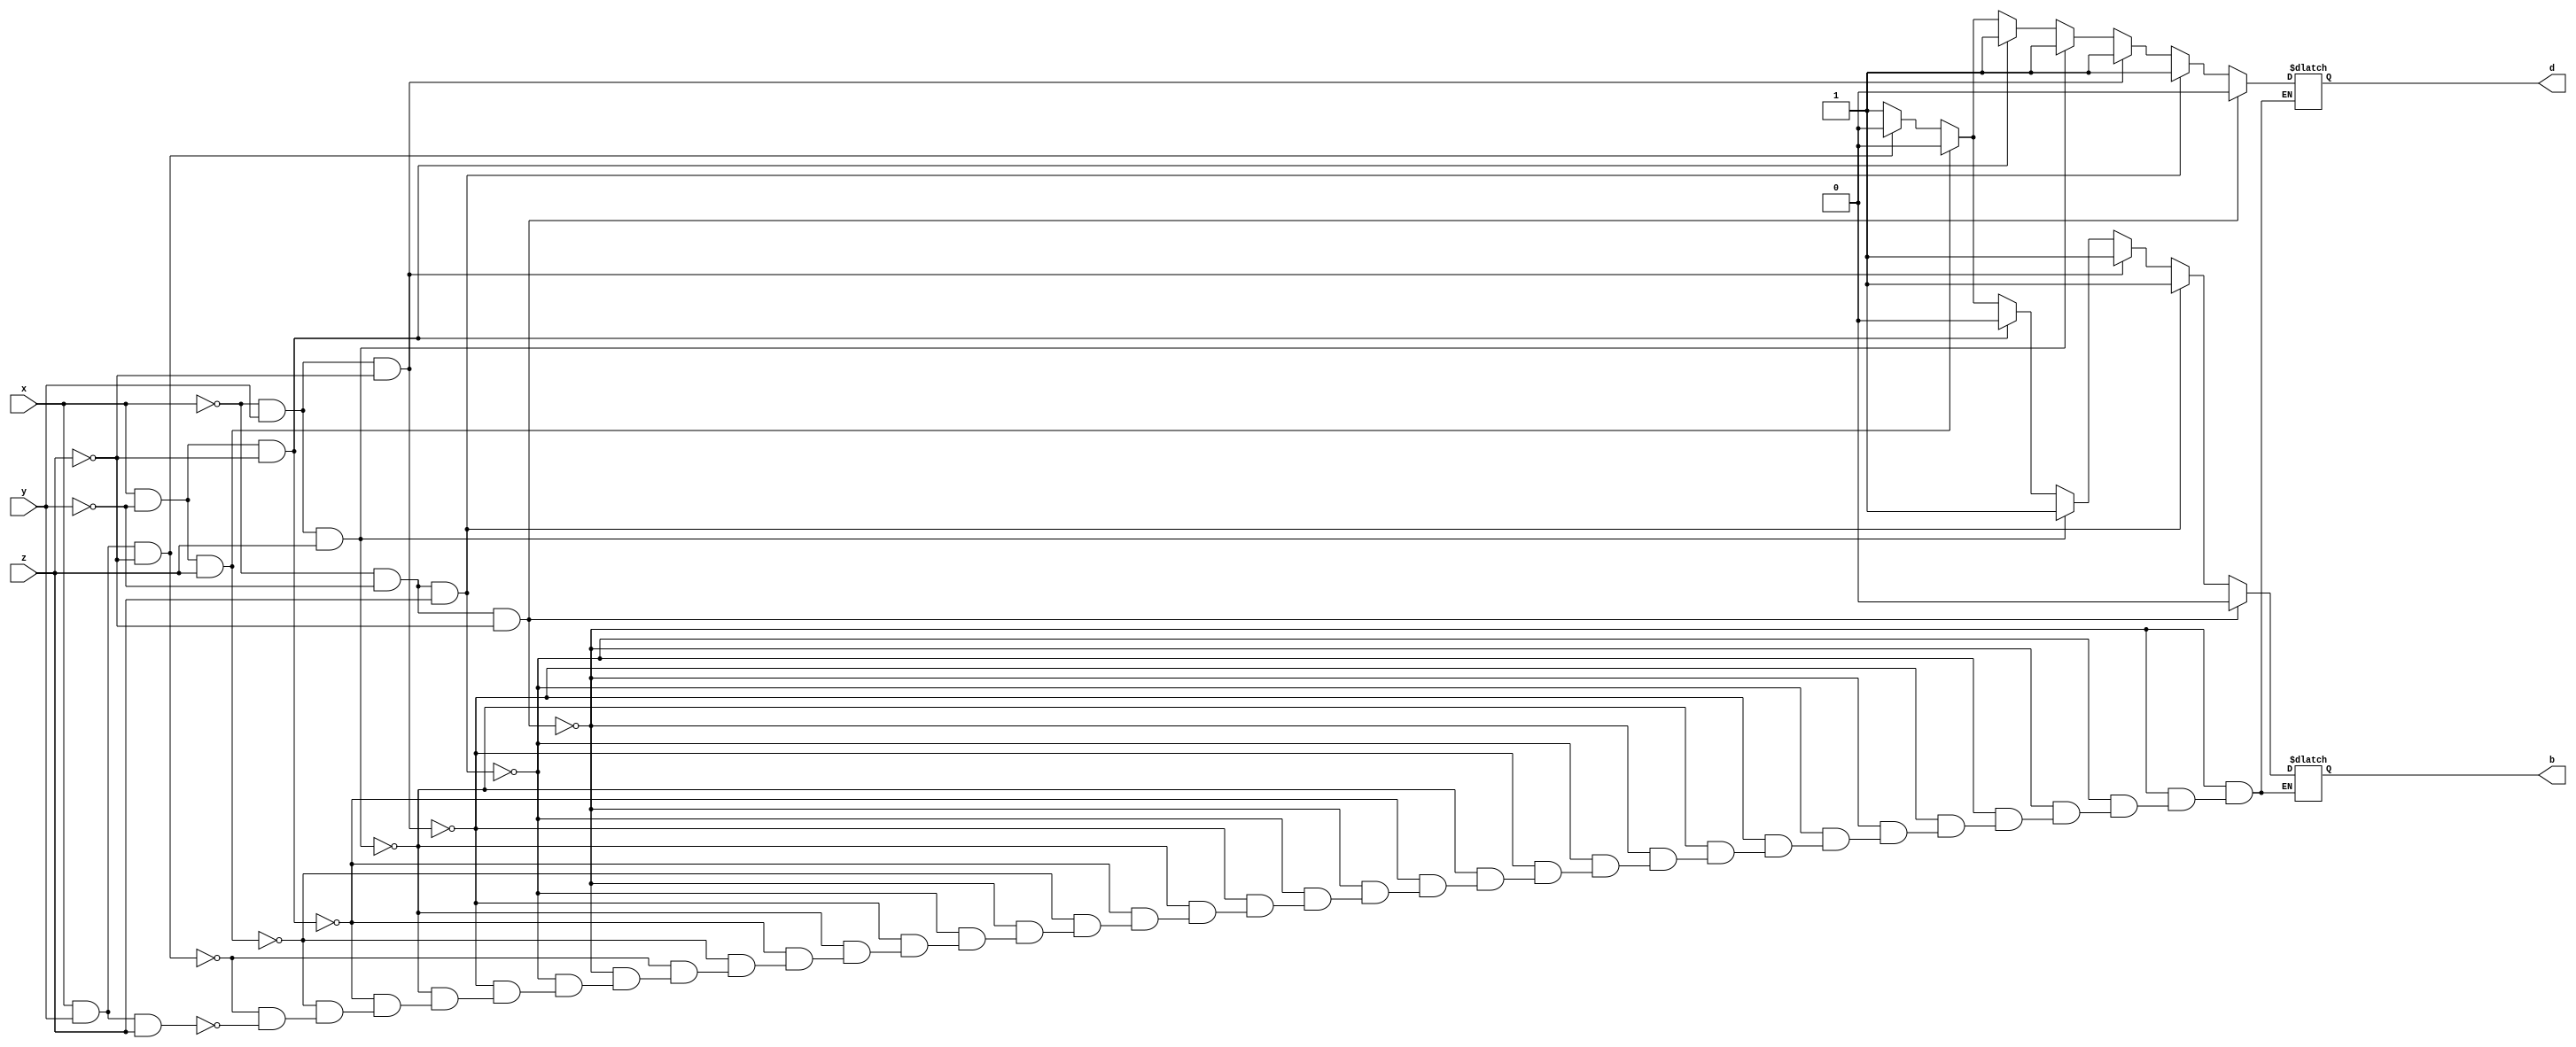
module fullsub(input x,y,z, output reg b,d);
always @ (x or y or z) begin
//    b = ~x&(y^z) | (y&z);
//    d = x^y^z;
if (x==0 && y==0 && z==0) begin
    d=0;
    b=0;
end

else if (x==0 && y==0 && z==1) begin
    d=1;
    b=1;
end

else if (x==0 && y==1 && z==0) begin
    d=1;
    b=1;
end

else if (x==0 && y==1 && z==1) begin
    d=1;
    b=1;
end

else if (x==1 && y==0 && z==0) begin
    d=1;
    b=0;
end

else if (x==1 && y==0 && z==1) begin
    d=0;
    b=0;
end

else if (x==1 && y==1 && z==0) begin
    d=0;
    b=0;
end

else if (x==1 && y==1 && z==1) begin
    d=1;
    b=1;
end

end
endmodule